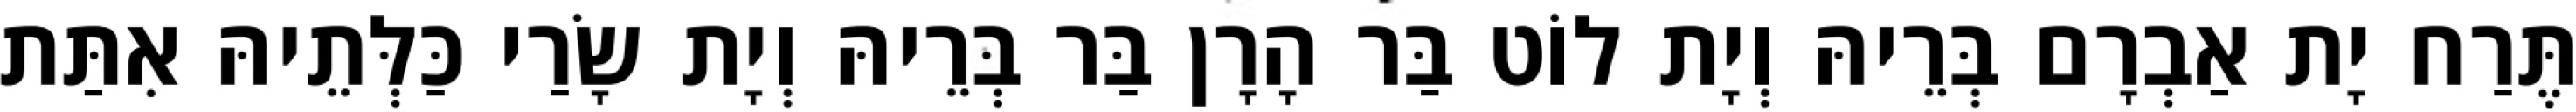
תֶּרַח יָת אַבְרָם בְּרֵיהּ וְיָת לוֹט בַּר הָרָן בַּר בְּרֵיהּ וְיָת שָׂרַי כַּלְּתֵיהּ אִתַּת